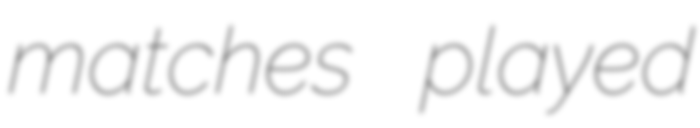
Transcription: matches played